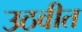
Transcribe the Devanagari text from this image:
उठवीत